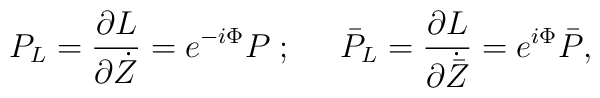
P_L = \frac{\partial L}{\partial \dot{Z}} = e^{-i \Phi} P	\; ; \;\;\;\;\;	\bar{P}_L = \frac{\partial L}{\partial \dot{\bar{Z}}}	= e^{i \Phi} \bar{P},